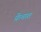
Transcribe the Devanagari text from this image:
फ्रेंचात